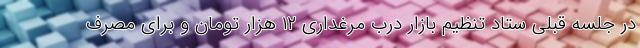
در جلسه قبلی ستاد تنظیم بازار درب مرغداری ۱۲ هزار تومان و برای مصرف